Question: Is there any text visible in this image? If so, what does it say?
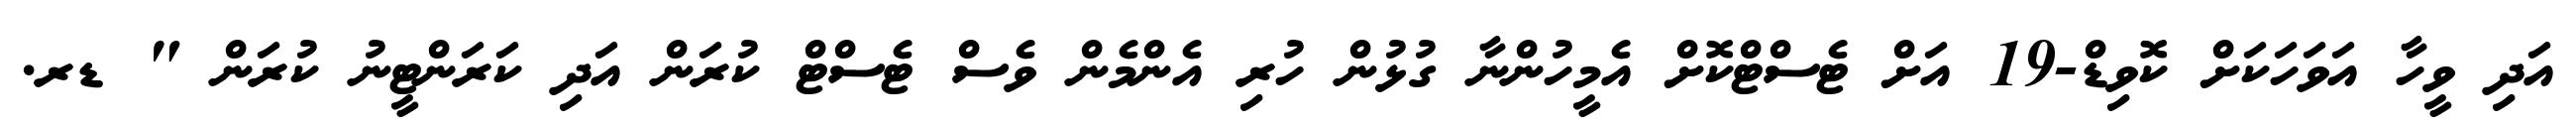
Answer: އަދި ވީހާ އަވަހަކަށް ކޮވިޑް-19 އަށް ޓެސްޓްކޮށް އެމީހުންނާ ގުޅުން ހުރި އެންމެން ވެސް ޓެސްޓް ކުރަން އަދި ކަރަންޓީނު ކުރަން " ޑރ.